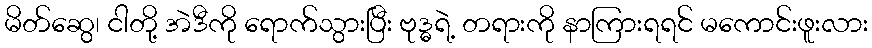
မိတ်ဆွေ၊ ငါတို့ အဲဒီကို ရောက်သွားပြီး ဗုဒ္ဓရဲ့ တရားကို နာကြားရရင် မကောင်းဖူးလား